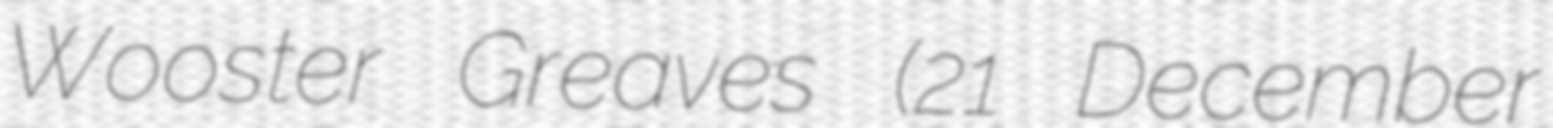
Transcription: Wooster Greaves (21 December